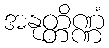
အနုတ္တိဏ္ဏံ